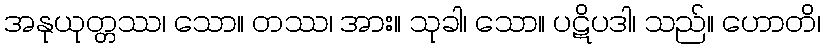
အနုယုတ္တဿ၊ သော။ တဿ၊ အား။ သုခါ၊ သော။ ပဋိပဒါ၊ သည်။ ဟောတိ၊